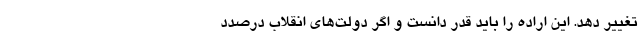
تغییر دهد. این اراده را باید قدر دانست و اگر دولت‌های انقلاب درصدد